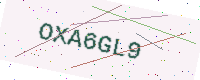
Text: OXA6GL9